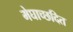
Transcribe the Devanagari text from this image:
मेघाच्छदित